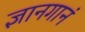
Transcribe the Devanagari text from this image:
ज्ञानगानं